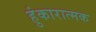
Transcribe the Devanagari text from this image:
हुंकारात्मक